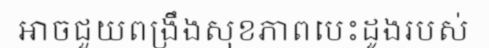
អាចជួយពង្រឹងសុខភាពបេះដូងរបស់